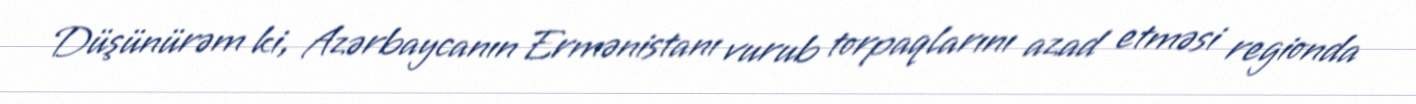
Düşünürəm ki, Azərbaycanın Ermənistanı vurub torpaqlarını azad etməsi regionda